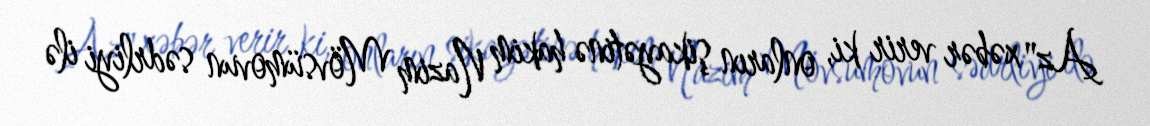
Az" xəbər verir ki, onların şikayətinə hakim Nazim Mövsümovun sədrliyi ilə